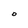
Character: O